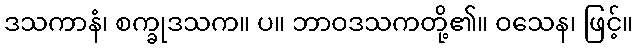
ဒသကာနံ၊ စက္ခုဒသက။ ပ။ ဘာဝဒသကတို့၏။ ဝသေန၊ ဖြင့်။